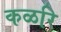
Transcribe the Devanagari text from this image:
कळरि